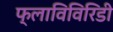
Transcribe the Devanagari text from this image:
फ्लाविविरिडी